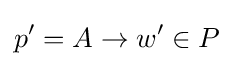
p'=A\to w'\in P